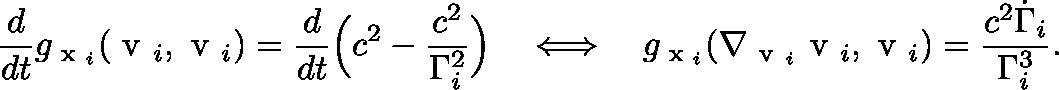
\frac { d } { d t } g _ { \scriptsize { \mathrm { \boldmath ~ x ~ } _ { i } } } ( \mathrm { \boldmath ~ v ~ } _ { i } , \mathrm { \boldmath ~ v ~ } _ { i } ) = \frac { d } { d t } \Big ( c ^ { 2 } - \frac { c ^ { 2 } } { \Gamma _ { i } ^ { 2 } } \Big ) \quad \Longleftrightarrow \quad g _ { \scriptsize \mathrm { \boldmath ~ x ~ } _ { i } } ( \nabla _ { \mathrm { \boldmath ~ v ~ } _ { i } } \mathrm { \boldmath ~ v ~ } _ { i } , \mathrm { \boldmath ~ v ~ } _ { i } ) = \frac { c ^ { 2 } \dot { \Gamma } _ { i } } { \Gamma _ { i } ^ { 3 } } .